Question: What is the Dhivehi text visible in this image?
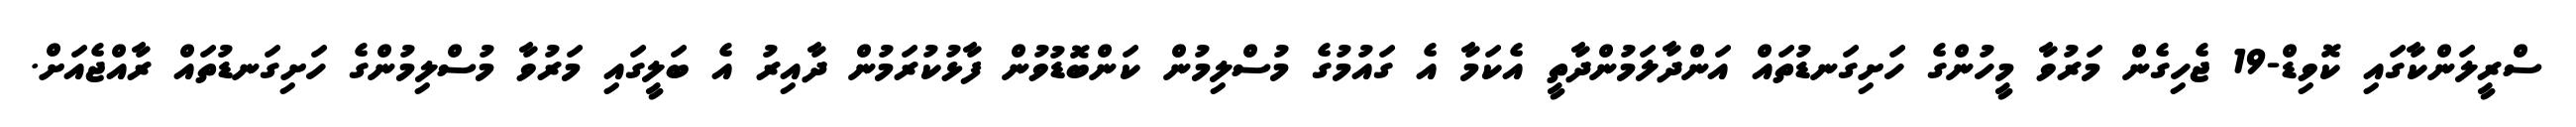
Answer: ސްރީލަންކާގައި ކޮވިޑް-19 ޖެހިގެން މަރުވާ މީހުންގެ ހަށިގަނޑުތައް އަންދާލަމުންދާތީ އެކަމާ އެ ގައުމުގެ މުސްލިމުން ކަންބޮޑުވުން ފާޅުކުރަމުން ދާއިރު އެ ބަލީގައި މަރުވާ މުސްލިމުންގެ ހަށިގަނޑުތައް ރާއްޖެއަށް.